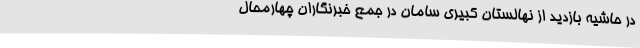
در حاشیه بازدید از نهالستان کبیری سامان در جمع خبرنگاران چهارمحال